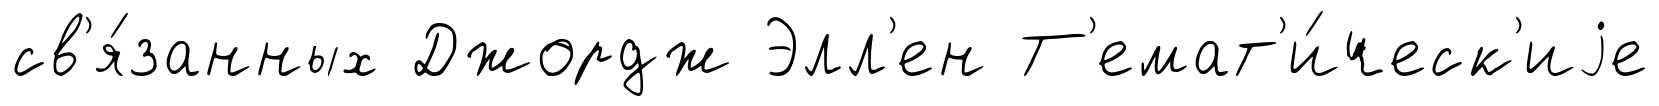
св'я́занных Джордж Элл'ен Т'емат'и́ческ'иjе